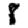
Digit: 8